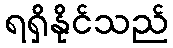
ရရှိနိုင်သည်